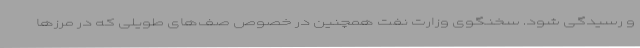
و رسیدگی شود. سخنگوی وزارت نفت همچنین در خصوص صف‌های طویلی که در مرزها